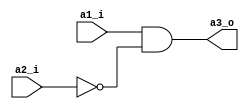
module comb_simple( // after keyword "module" is its name and portlist, thanks to 
// which you can communicate with the environment. If we don't define type, then
// default will be wire.
    a1_i, 
    a2_i, 
    a3_o
);
  input a1_i, a2_i; // If we don't define type, then default will be wire.
  output a3_o;
  wire tmp;
  not N1(tmp, a2_i); // The outputs are as the first argument. N1 - name of gate.
  and A1(a3_o, a1_i, tmp);
  // Different way for this exercise, it's register level
  // assign a3_o = a1_i & ~a2_i;
endmodule

module comb_complex(b1_i, b2_i, b3_i, b4_o);
  
  input b1_i, b2_i, b3_i;
  output b4_o;
  wire internal_wire;
  comb_simple M1(b1_i, b2_i, internal_wire);
  comb_simple M2(internal_wire, b3_i, b4_o);
  
endmodule

/*
The action of this is easy:
We have exactly two the same modules: comb_simple, which are located inside the
larger one, comb_complex. comb_simple has two inputs (a1_i and a2_i) and two
gates connected in series: and, not. The output of first comb_simple go to input
second comb_simple.
*/